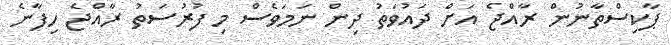
ޕާކިސްތާނުން ރާއްޖެ އަށް ދައުވަތު ދިން ނަމަވެސް މި ފުރުސަތު ރާއްޖެ ހިފާނެ